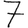
Digit: 7